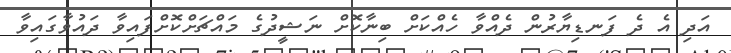
އަދި އެ ދެ ފަނޑިޔާރުން ދެއްވާ ހެއްކަށް ބިނާކޮށް ނަޝީދުގެ މައްޗަށްކޮށްފައިވާ ދައުވާގައިވާ